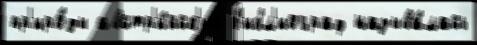
пр'иро́ды австр'и́йск'ий б'ибл'иограф называ́лась